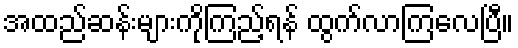
အထည်ဆန်းများကိုကြည့်ရန် ထွက်လာကြလေပြီ။